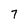
Character: 7